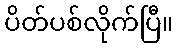
ပိတ်ပစ်လိုက်ပြီ။